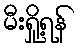
မီးရှို့ရန်